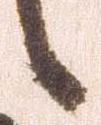
候